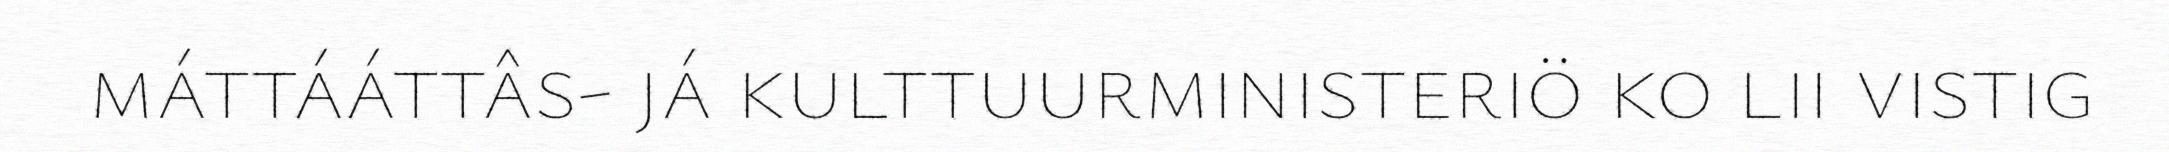
máttááttâs- já kulttuurministeriö ko lii vistig